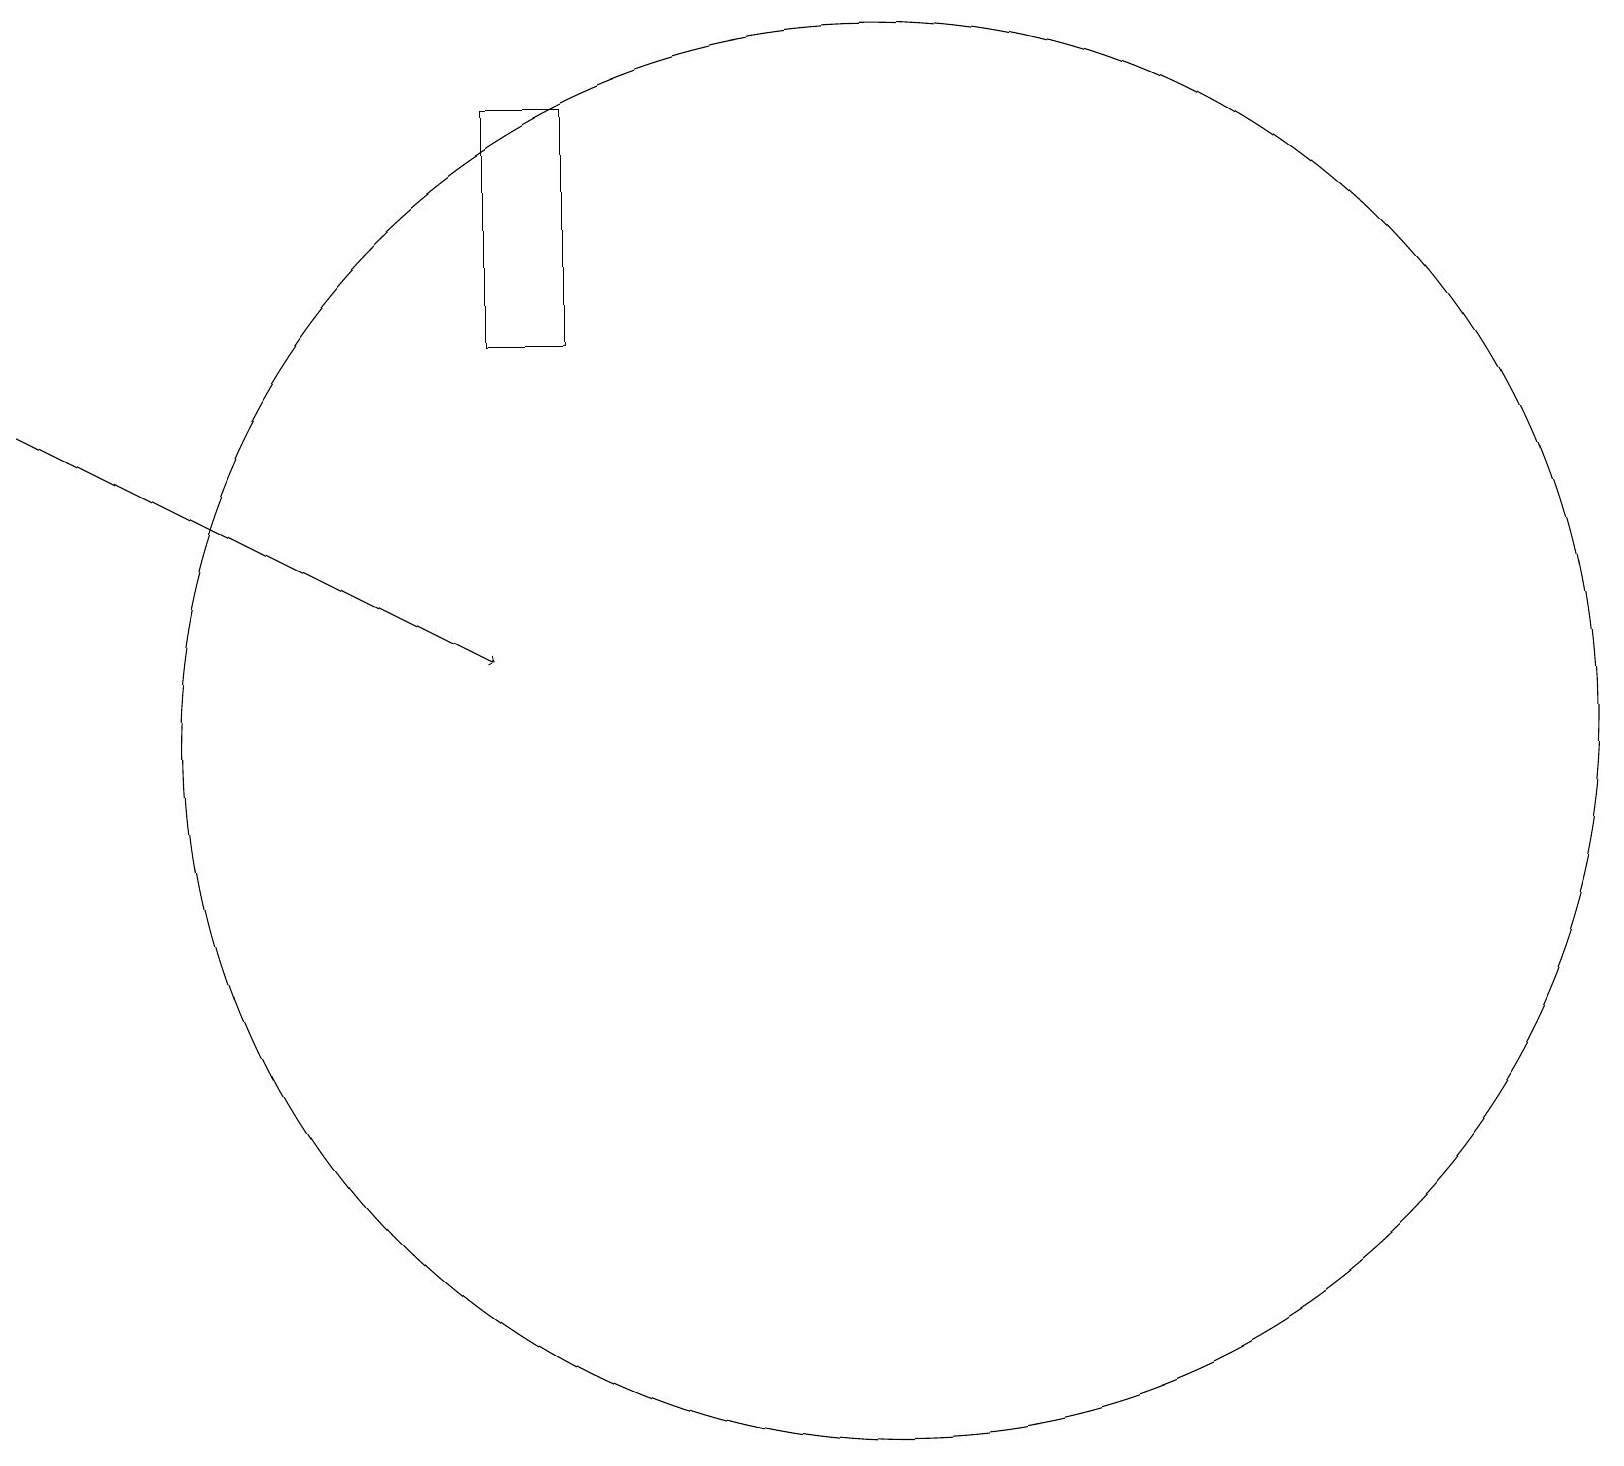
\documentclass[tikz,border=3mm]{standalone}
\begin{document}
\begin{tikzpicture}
\draw[->] (0,15) -- (6,12);
\draw (11,11) circle (9);
\draw (7,19) rectangle (6,16);
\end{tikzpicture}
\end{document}